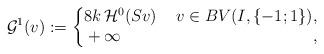
LaTeX: \begin{align*}\mathcal{G}^{1}(v):=\begin{cases}\begin{aligned}&8k\,\mathcal{H}^0(Sv) &\,\,v\in BV(I,\{-1;1\}),\\&+\infty &,\end{aligned}\end{cases}\end{align*}